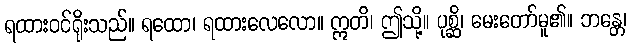
ရထားဝင်ရိုးသည်။ ရထော၊ ရထားလေလော။ ဣတိ၊ ဤသို့။ ပုစ္ဆိ၊ မေးတော်မူ၏။ ဘန္တေ၊